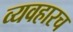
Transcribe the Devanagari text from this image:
व्यवहारच